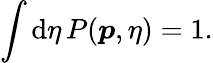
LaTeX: \int\mathrm{d}\eta\, P(\boldsymbol{p},\eta)=1.